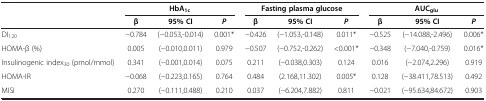
<table><thead><tr><td rowspan="2"><b> </b></td><td colspan="3"><b>HbA<sub>1c</sub></b></td><td colspan="3"><b>Fasting plasma glucose</b></td><td colspan="3"><b>AUC<sub>glu</sub></b></td></tr><tr><td><b>β</b></td><td><b>95% CI</b></td><td><b><i>P</i></b></td><td><b>β</b></td><td><b>95% CI</b></td><td><b><i>P</i></b></td><td><b>β</b></td><td><b>95% CI</b></td><td><b><i>P</i></b></td></tr></thead><tbody><tr><td>DI<sub>120</sub></td><td>−0.784</td><td>(−0.053,-0.014)</td><td>0.001*</td><td>−0.426</td><td>(−1.053,-0.148)</td><td>0.011*</td><td>−0.525</td><td>(−14.088,-2.496)</td><td>0.006*</td></tr><tr><td>HOMA-β (%)</td><td>0.005</td><td>(−0.010,0.011)</td><td>0.979</td><td>−0.507</td><td>(−0.752,-0.262)</td><td>&lt;0.001*</td><td>−0.348</td><td>(−7.040,-0.759)</td><td>0.016*</td></tr><tr><td>Insulinogenic index<sub>30</sub> (pmol/mmol)</td><td>0.341</td><td>(−0.001,0.014)</td><td>0.075</td><td>0.211</td><td>(−0.038,0.303)</td><td>0.124</td><td>0.016</td><td>(−2.074,2.296)</td><td>0.919</td></tr><tr><td>HOMA-IR</td><td>−0.068</td><td>(−0.223,0.165)</td><td>0.764</td><td>0.484</td><td>(2.168,11.302)</td><td>0.005*</td><td>0.128</td><td>(−38.411,78.513)</td><td>0.492</td></tr><tr><td>MISI</td><td>0.270</td><td>(−0.111,0.488)</td><td>0.210</td><td>0.037</td><td>(−6.204,7.882)</td><td>0.811</td><td>−0.021</td><td>(−95.634,84.672)</td><td>0.903</td></tr></tbody></table>